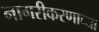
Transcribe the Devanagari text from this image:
नागरीकरणाच्या